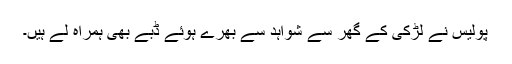
پولیس نے لڑکی کے گھر سے شواہد سے بھرے ہوئے ڈبے بھی ہمراہ لے ہیں۔